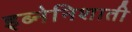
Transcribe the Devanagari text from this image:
इब्नेनिशाती